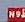
n9